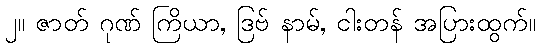
၂။ ဇာတ် ဂုဏ် ကြိယာ, ဒြဗ် နာမ်, ငါးတန် အပြားထွက်။